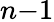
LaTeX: n{-}1